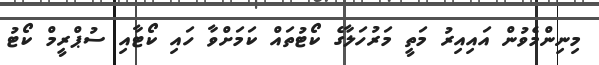
މިނިންމެވުން އައިއިރު މަތީ މަރުހަލާގެ ކޯޓުތައް ކަމަށްވާ ހައި ކޯޓާއި ސުޕްރީމް ކޯޓު